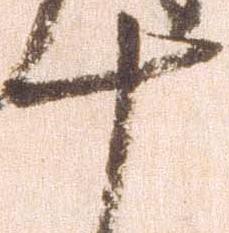
十